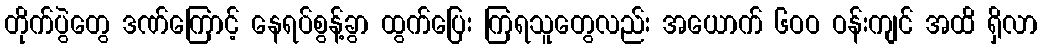
တိုက်ပွဲတွေ ဒဏ်ကြောင့် နေရပ်စွန့်ခွာ ထွက်ပြေး ကြရသူတွေလည်း အယောက် ၆ဝဝ ဝန်းကျင် အထိ ရှိလာ